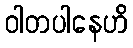
ဝါတပါနေဟိ